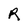
Character: R